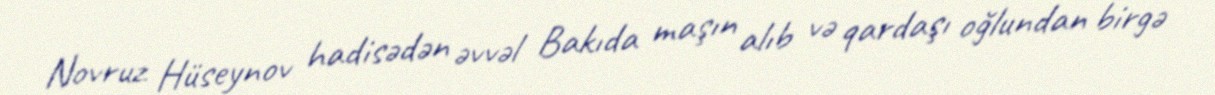
Novruz Hüseynov hadisədən əvvəl Bakıda maşın alıb və qardaşı oğlundan birgə